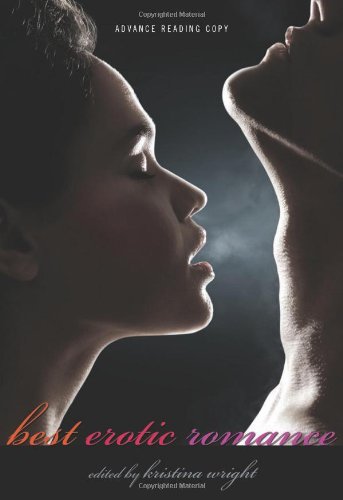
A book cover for Best Erotic Romance; Romance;